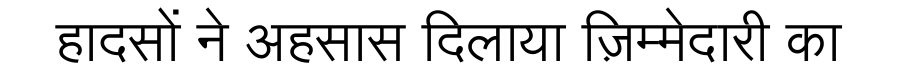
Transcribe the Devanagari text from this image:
हादसों ने अहसास दिलाया ज़िम्मेदारी का